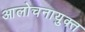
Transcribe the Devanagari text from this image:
आलोचनायुक्त